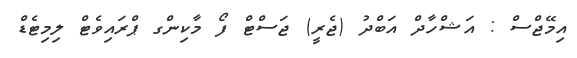
އިމޭޖްސް : އަޝްހާދް އަބްދު (ޖެރީ) ޖަސްޓް ފޯ މާކިންގ ޕްރައިވެޓް ލިމިޓެޑް